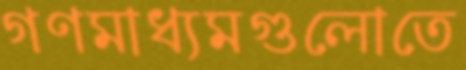
গণমাধ্যমগুলোতে